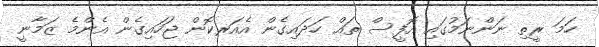
ހަމަ ރީތި ނަންނަމުގައި އޮފީސް ތައް ހަދައިގެން އެއަރކޮން ޖަހައިގެން އެންމެ ޒަމާނީ